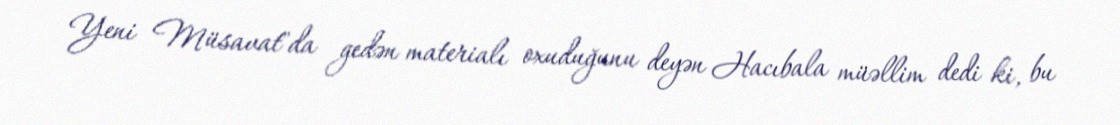
Yeni Müsavat"da gedən materialı oxuduğunu deyən Hacıbala müəllim dedi ki, bu